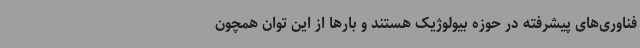
فناوری‌های پیشرفته در حوزه بیولوژیک هستند و بارها از این توان همچون